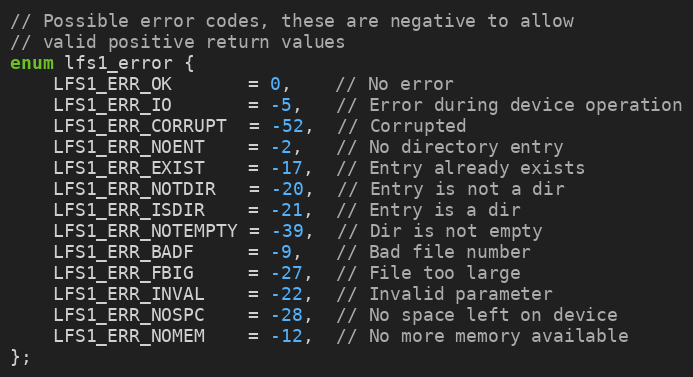
Language: C
// Possible error codes, these are negative to allow
// valid positive return values
enum lfs1_error {
    LFS1_ERR_OK       = 0,    // No error
    LFS1_ERR_IO       = -5,   // Error during device operation
    LFS1_ERR_CORRUPT  = -52,  // Corrupted
    LFS1_ERR_NOENT    = -2,   // No directory entry
    LFS1_ERR_EXIST    = -17,  // Entry already exists
    LFS1_ERR_NOTDIR   = -20,  // Entry is not a dir
    LFS1_ERR_ISDIR    = -21,  // Entry is a dir
    LFS1_ERR_NOTEMPTY = -39,  // Dir is not empty
    LFS1_ERR_BADF     = -9,   // Bad file number
    LFS1_ERR_FBIG     = -27,  // File too large
    LFS1_ERR_INVAL    = -22,  // Invalid parameter
    LFS1_ERR_NOSPC    = -28,  // No space left on device
    LFS1_ERR_NOMEM    = -12,  // No more memory available
};